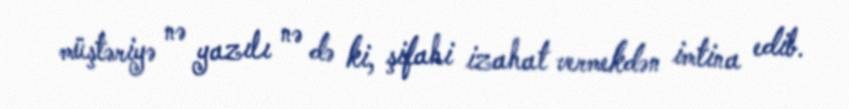
müştəriyə nə yazılı nə də ki, şifahi izahat vermekdən imtina edib.